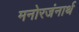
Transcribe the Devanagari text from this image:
मनोरजंनार्थ